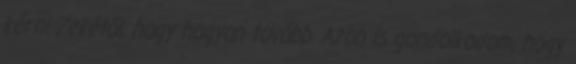
kérni Zekétől, hogy hogyan tovább. Azon is gondolkodom, hogy